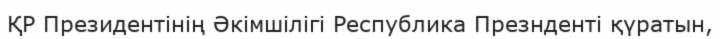
ҚР Президентінің Әкімшілігі Республика Презнденті қүратын,